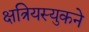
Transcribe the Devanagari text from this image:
क्षत्रियस्युकने